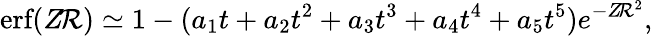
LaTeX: \textnormal{erf}(Z\! \mathcal{R})\simeq1-(a_{1}t+a_{2}t^{2}+a_{3}t^{3}+a_{4}t^{4}+a_{5}t^{5})e^{-Z\! \mathcal{R}^{2}},